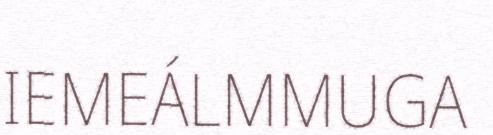
IEMEÁLMMUGA